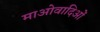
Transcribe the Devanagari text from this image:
माओवादिओं